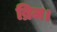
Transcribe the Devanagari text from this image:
ब्रिज।